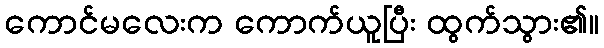
ကောင်မလေးက ကောက်ယူပြီး ထွက်သွား၏။